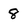
Character: 8